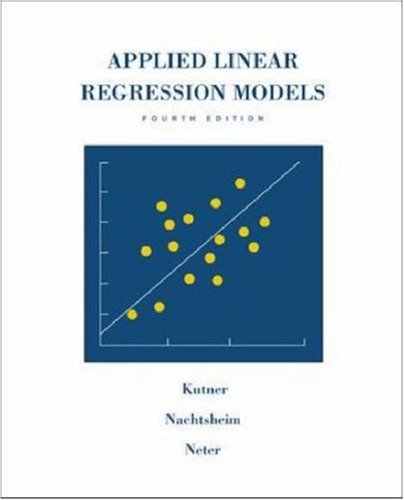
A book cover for Applied Linear Regression Models; Michael H KutnerChristopher J. Nachtshei; Business & Money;